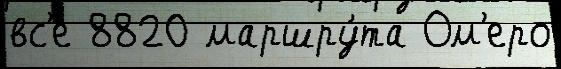
вс'е 8820 маршру́та Ом'еро